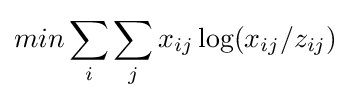
min\sum _{i}\sum _{j}x_{ij}\log(x_{ij}/z_{ij})